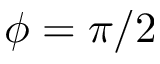
\phi = \pi / 2